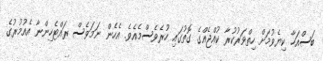
ބަސްއަހާ ކިޔެވުމަށް ހިތްވަރުކުރާ ކުއްޖެއްގެ ގޮތުގައި ހުރެވެސްމެއެވެ. އެހެން ނަމަވެސް ރައްޓެހިންނާ އެއުމުރުގެ